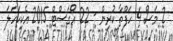
2 މަސް 4 ހަފްތާ ކުރިން - 22 އޯގަސްޓް 2015 އެކިކަހަލަ